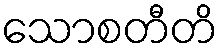
သောစတီတိ